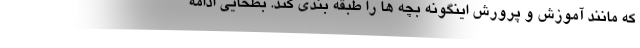
که مانند آموزش و پرورش اینگونه بچه ها را طبقه بندی کند. بطحایی ادامه